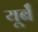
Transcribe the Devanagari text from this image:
यूर्बँ